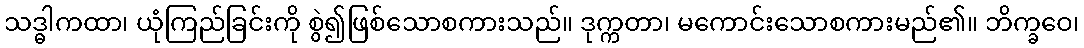
သဒ္ဓါကထာ၊ ယုံကြည်ခြင်းကို စွဲ၍ဖြစ်သောစကားသည်။ ဒုက္ကတာ၊ မကောင်းသောစကားမည်၏။ ဘိက္ခဝေ၊